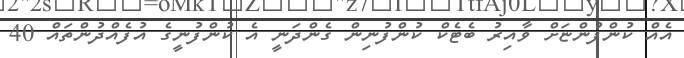
އެއް ކުންފުންޏަށް ވާއިރު ބެޓެކް ކުންފުނިން ގެންދަނީ އެ ކުންފުނީގެ އުފެއްދުންތައް 40